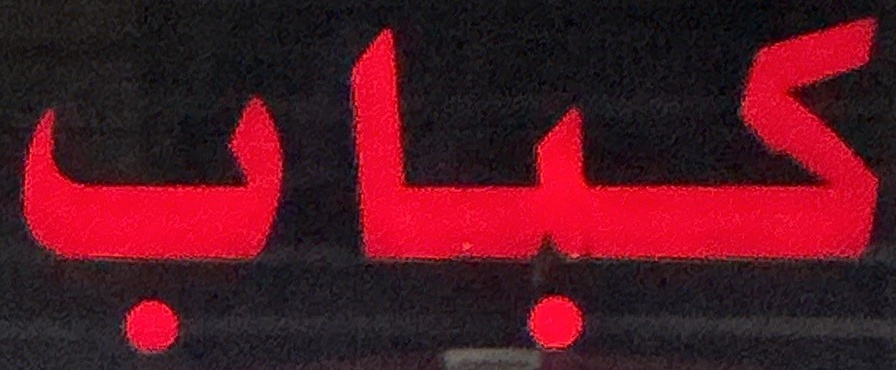
كباب